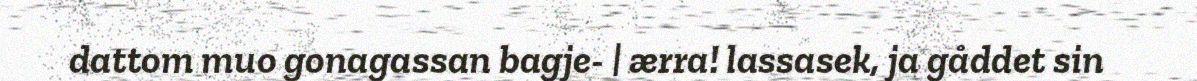
dattom muo gonagassan bagje- | ærra! lassasek, ja gåddet sin